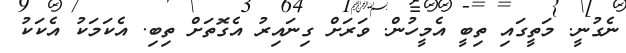
ނެގުނީ. މަތީގައި ތިބީ އެމީހުން. ވަރަށް ގިނައިރު އެގޮތަށް ތިބި. އެކަމަކު އެކަކު